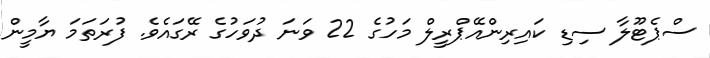
ސްޕެޓޫލާ ސިޑި ކައިރިންއޭޕްރީލް މަހުގެ 22 ވަނަ ދުވަހުގެ ރޭގައެވެ. ފުރަތަމަ ޔާމީން